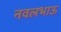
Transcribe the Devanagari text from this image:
नवलभाऊ